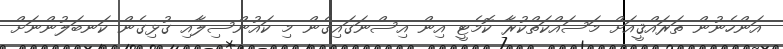
އަންހެނުން ތަރައްޤީއަށް މަސައްކަތްކުރާ ކޮމެޓީ އިން އިސްނަގައިގެން މި ކައުންސިލާއި ގުޅިގެން ކަނބަލުންނަށް